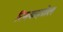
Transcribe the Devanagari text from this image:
रिमकाज़ोल